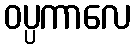
ဝပ္ပကာလေ